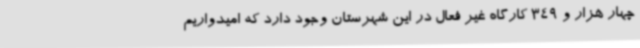
چهار هزار و 349 کارگاه غیر فعال در این شهرستان وجود دارد که امیدواریم